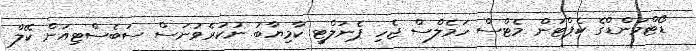
ޑޯޓްމަންޑްގެ ކެޕްޓަން މެޓްސް ހަމެލްސް ޖެހި ޕެނަލްޓީ ކާމިޔާބު ނުކުރެވުނަސް ސަބެސްޓިއަން ކޭލް